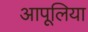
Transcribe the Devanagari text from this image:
आपूलिया